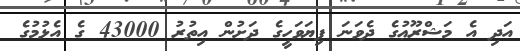
އަދި އެ މަޝްރޫޢުގެ ދެވަނަ ފިޔަވަހީގެ ދަށުން އިތުރު 43000 ގެ އެޅުމުގެ